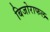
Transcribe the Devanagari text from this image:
बिजोराफल